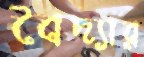
বৈদ্যার